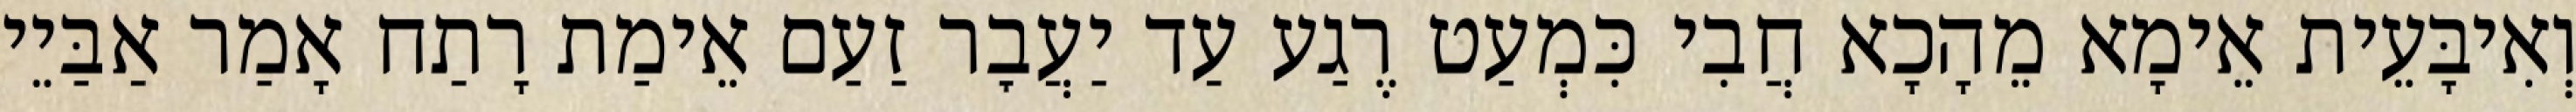
וְאִיבָּעֵית אֵימָא מֵהָכָא חֲבִי כִּמְעַט רֶגַע עַד יַעֲבׇר זַעַם אֵימַת רָתַח אָמַר אַבַּיֵי